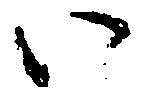
い